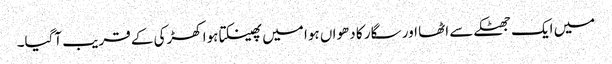
میں ایک جھٹکے سے اٹھا اور سگار کا دھواں ہوا میں پھینکتا ہوا کھڑکی کے قریب آگیا۔